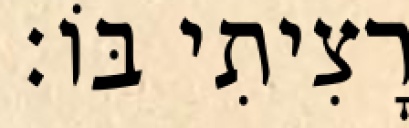
רָצִיתִי בּוֹ׃